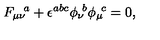
{ F _ { \mu \nu } } \! ^ { a } + \epsilon ^ { a b c } { \phi _ { \nu } } \! ^ { b } { \phi _ { \mu } } \! ^ { c } = 0 ,